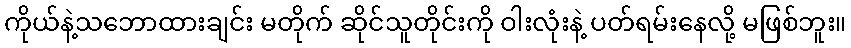
ကိုယ်နဲ့သဘောထားချင်း မတိုက် ဆိုင်သူတိုင်းကို ဝါးလုံးနဲ့ ပတ်ရမ်းနေလို့ မဖြစ်ဘူး။